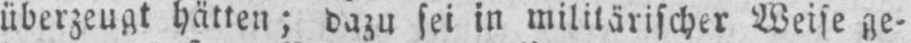
überzeugt hätten; dazu sei in militärischer Weise ge⸗